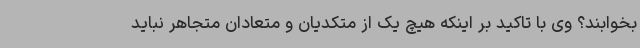
بخوابند؟ وی با تاکید بر اینکه هیچ یک از متکدیان و متعادان متجاهر نباید